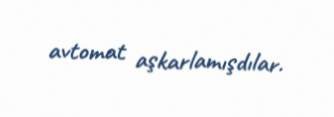
avtomat aşkarlamışdılar.